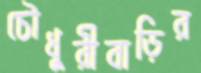
চৌধুরীবাড়ির